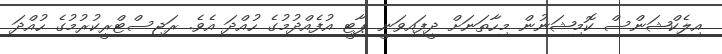
އިލެކްޝަންސް ކޮމިޝަނުން މިހާތަނަށް ދީފައިވަނީ ޕާޓީ އުފެއްދުމުގެ ހުއްދަ އެވެ. ރަޖިސްޓްރީކުރުމުގެ ހުއްދަ